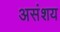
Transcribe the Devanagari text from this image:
असंशय